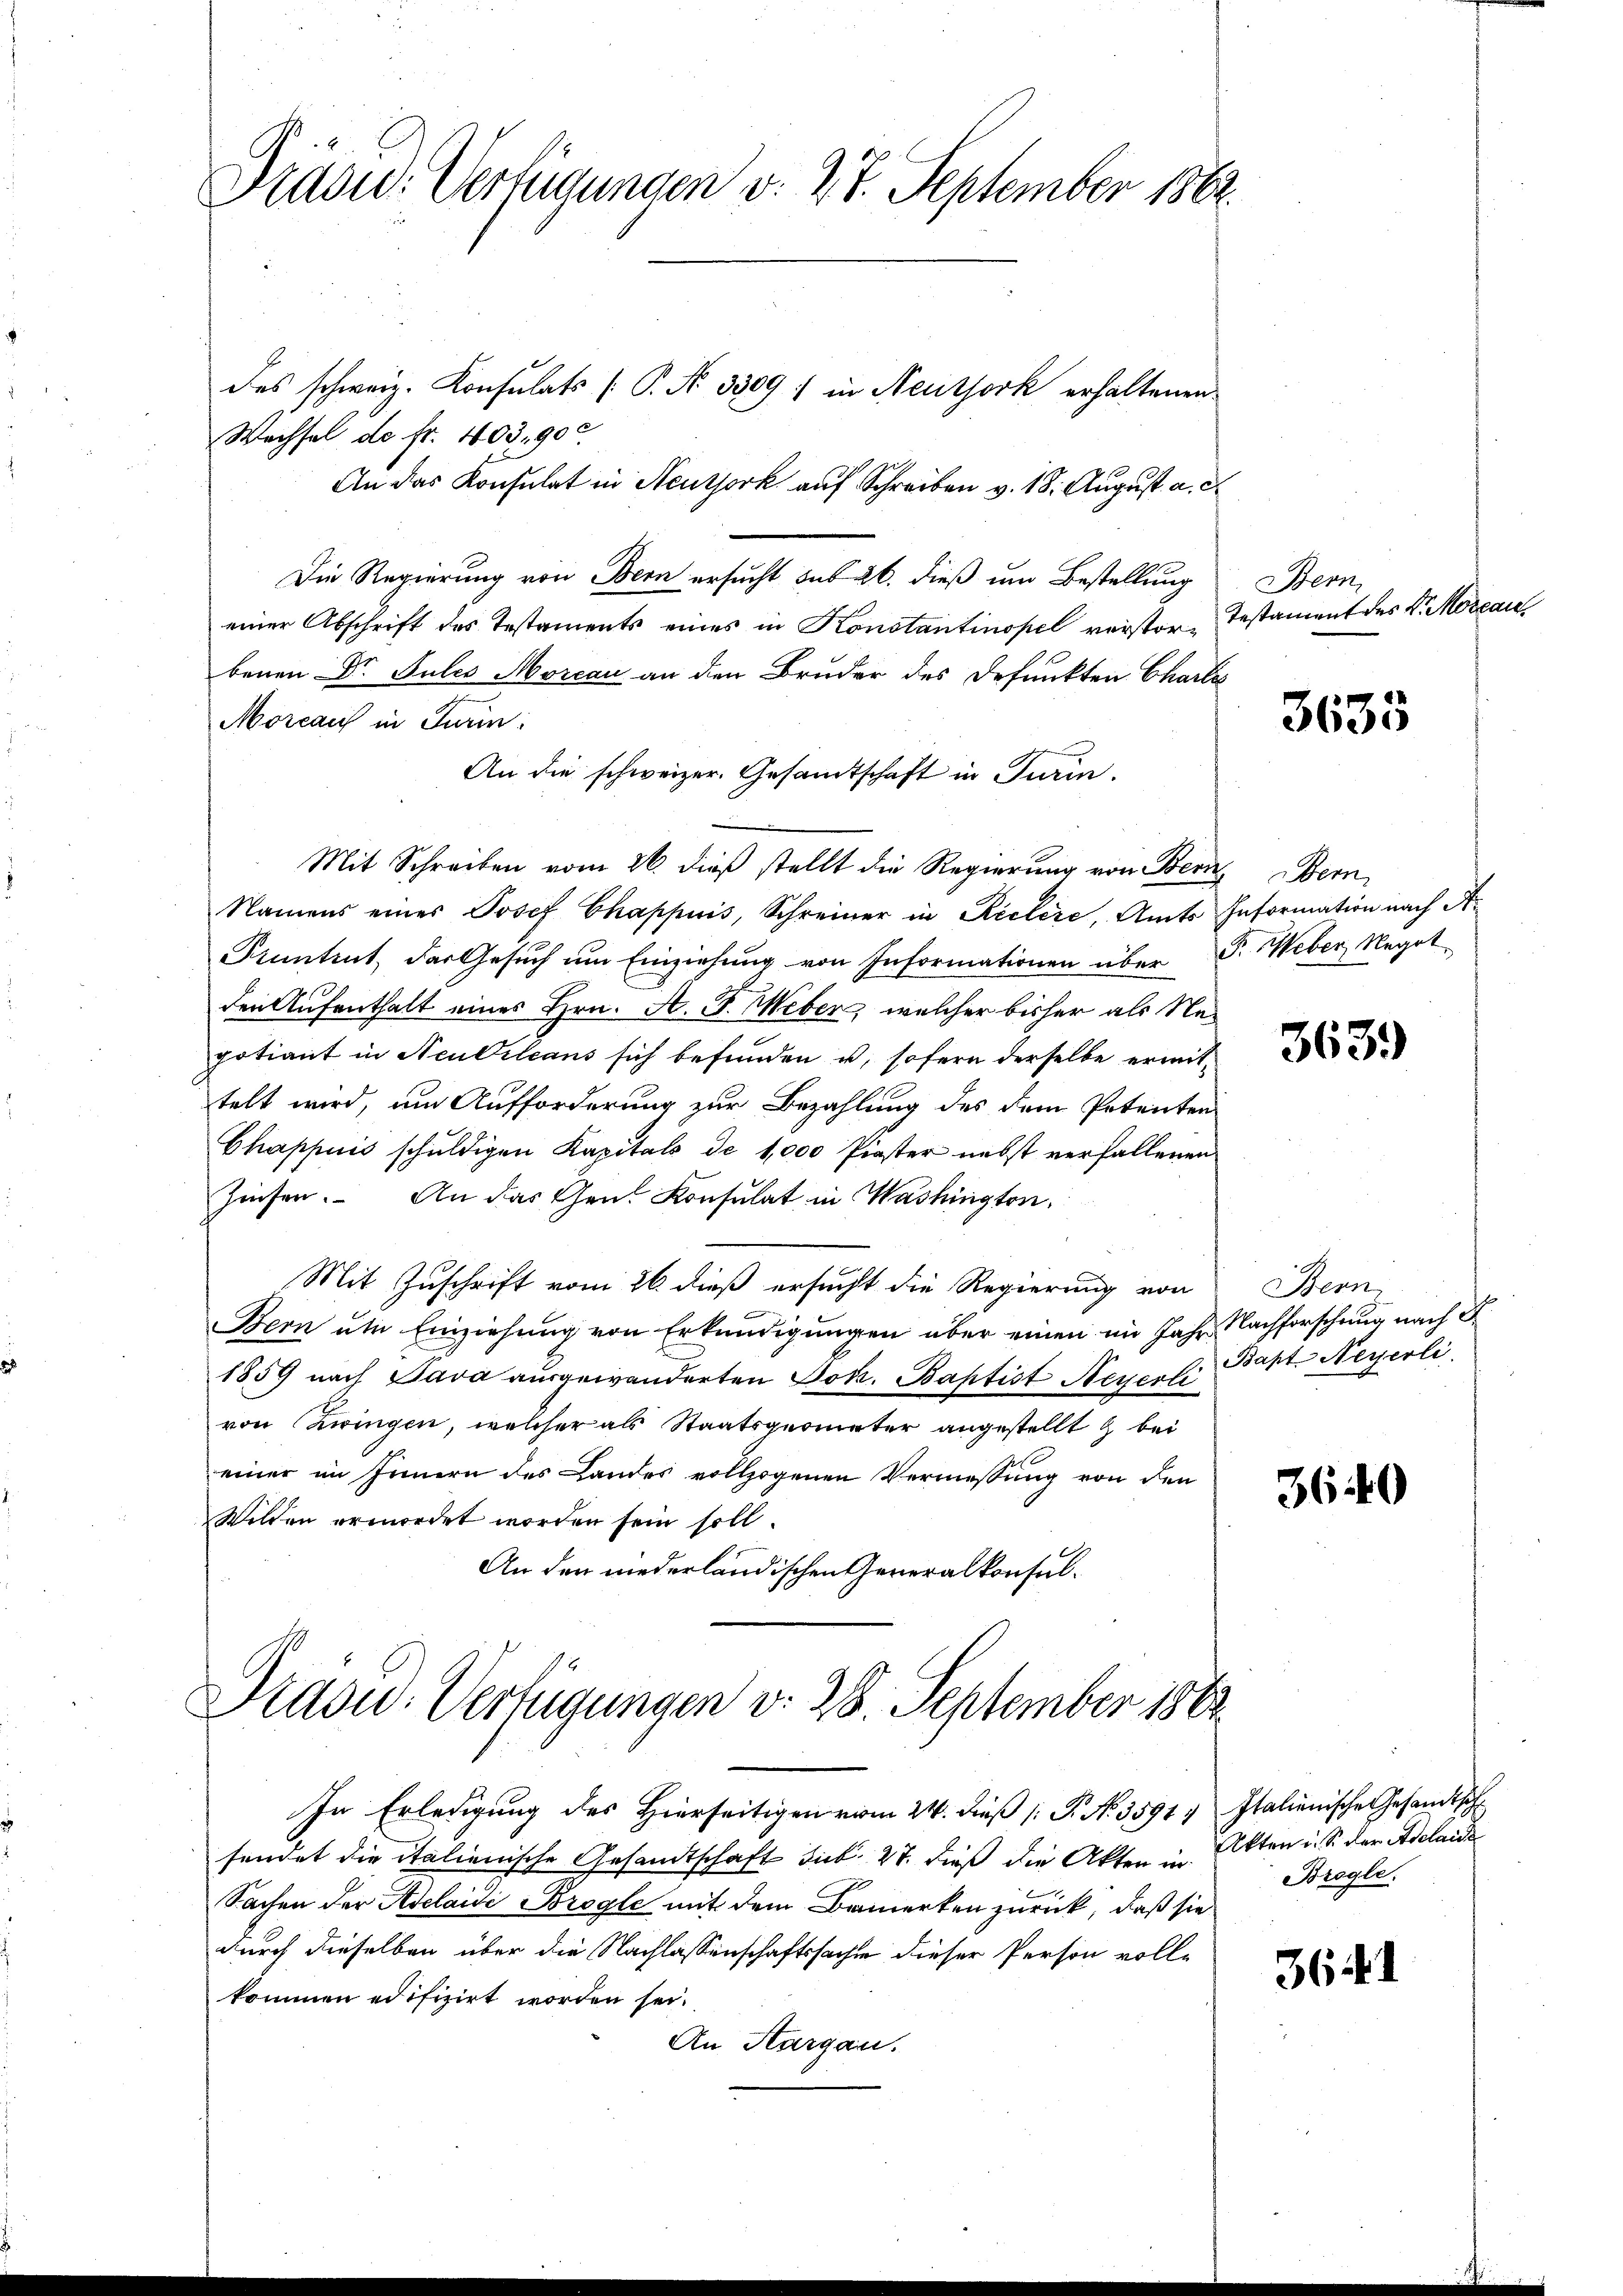
Präsid. Verfügungen v. 27. September 1862.

des schweiz. Konsulats P. Nr. 3309) in Neuthork erhaltenen.
Wechsel de fr. 403. 900
An das Konsulat in Neuthork auf Schreiben v. 18. August a. c
Die Regierung von Bern ersucht sub 26. dieß um Bestellung
einer Abschrift des Testaments eines in Konstantinopel verstor-Testament des K. Morean
benen Dr. Jules Morcau an den Bruder des defunkten Chartes
Morcau in Turin.
An die schweizer. Gesandtschaft in Turin.
Mit Schreiben vom 26. dieß stellt die Regierung von Bern Bern,
Namens eines Josef Chappuis, Schreiner in Kielere, Amts Information nach Ar
Pruntrut, das Gesuch um Einziehung von Informationen über P. Weber, Negot
den Aufenthalt eines Hrn. A. F. Weber, welcher bisher als Ne¬
Fotiant in Neukilcans sich befunden u. sofern derselbe ermittelt wird, um Aufforderung zur Bezahlung des dem Petenten
Chappuis schuldigen Kapitals de 1,000 Piaster nebst verfallenen
Zinsen. An das Gen. Konsulat in Washington,
Mit Zuschrift vom 26. dieß ersucht die Regierung von
Bern um Einziehung von Erkundigungen über einen im Jahr Nachforschung nach F
1859 nach Java aŭsgewanderten Joh. Baptist Steuer l. Bapt. Neyerli
von Zwingen, welcher als Staatsgeometer angestellt & bei
einer im Innern des Landes vollzogenen Vermessung von den
Willen ermordet worden sein soll.
An den niederländischen Generalkonsul¬

In Erledigung des Hierseitigen vom 21. dieß P. Nr. 3591
sendet die italienische Gesandtschaft sub 27. dieß die Akten in Akten u. S. der Adelaide
Sachen der Adelaidi Bregle mit dem Bemerken zurück, daß sie
durch dieselben über die Nachlassenschaftssachen dieser Person volle
kommen edifizirt worden sei.
An Hargau.

Präsid.: Verfügungen v. 28. September 1863

Bern,

3633

3639)

Bern,

3640

Italienische Gesandtsch
Brogle

364